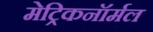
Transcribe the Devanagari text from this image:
मेट्रिकनॉर्मल